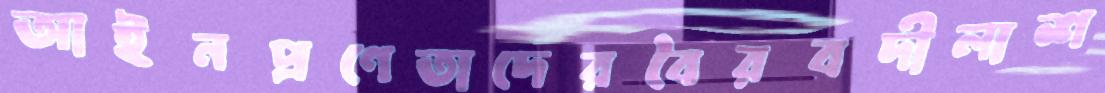
আইনপ্রণেতাদেরবৈরবদীলাশ